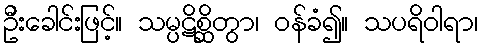
ဦးခေါင်းဖြင့်။ သမ္ပဋိစ္ဆိတွာ၊ ဝန်ခံ၍။ သပရိဝါရာ၊